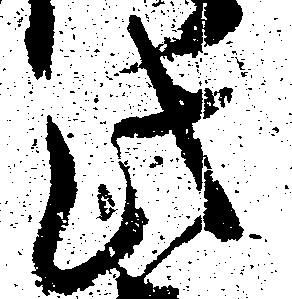
此